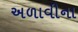
અળાવીના